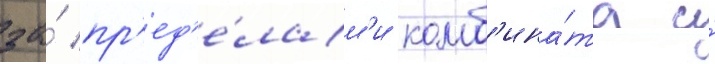
за́ пр'ед'е́лам'и комб'ина́та и́